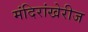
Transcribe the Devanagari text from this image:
मंदिरांखेरीज